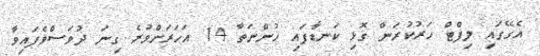
އެގޭގައި ލިފްޓް ހަރުކުރަން ގޮޅި ކަނޑާފައި ހުންނަތާ 14 އަހަރަށްވުރެ ގިނަ ދުވަސްވެފައިވާ